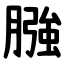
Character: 膙